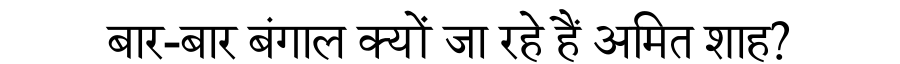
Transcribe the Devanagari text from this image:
बार-बार बंगाल क्यों जा रहे हैं अमित शाह?